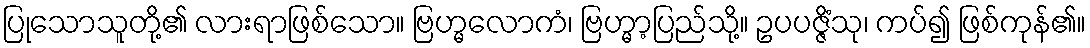
ပြုသောသူတို့၏ လားရာဖြစ်သော။ ဗြဟ္မလောကံ၊ ဗြဟ္မာ့ပြည်သို့။ ဥပပဇ္ဇိံသု၊ ကပ်၍ ဖြစ်ကုန်၏။